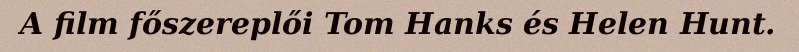
A film főszereplői Tom Hanks és Helen Hunt.